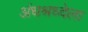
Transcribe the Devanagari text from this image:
अंधश्रध्देला